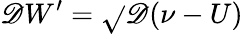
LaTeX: \mathscr{D}W^{\prime}=\sqrt{}{{\mathscr{D}(\nu-U)}}